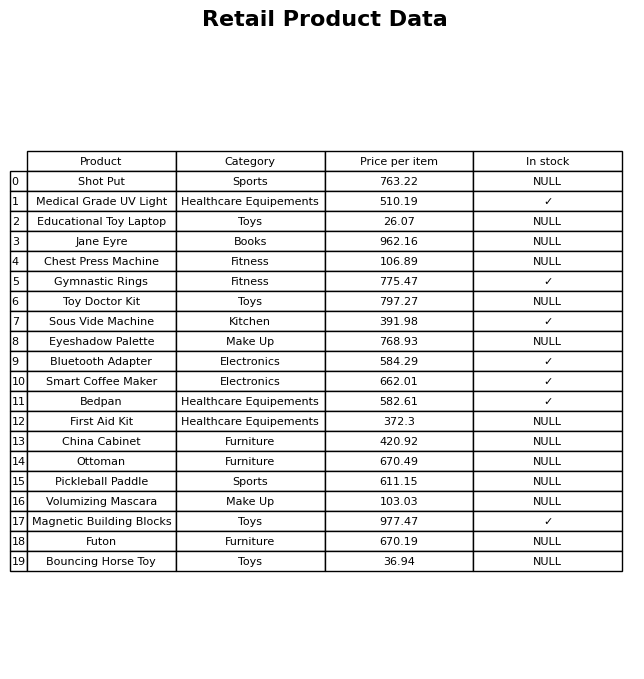
question: What is the price for Eyeshadow Palette?
answer: The price of Eyeshadow Palette is 768.93.